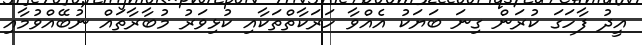
އީދު ފާހަގަ ކުރަން ގިނަ ބަޔަކު އެއްވާ ހަރަކާތްތަކާއި ކުޅިވަރު މުބާރާތައް ނުބޭއްވުމާއި